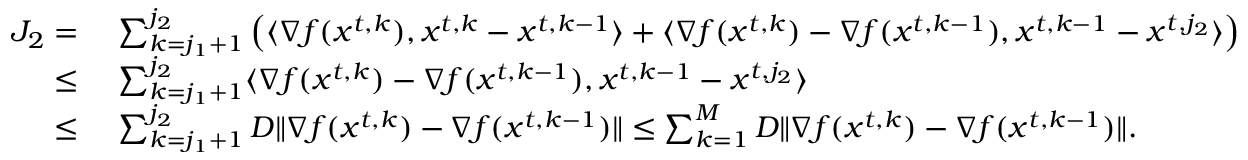
\begin{array} { r l } { J _ { 2 } = \ } & { \sum _ { k = j _ { 1 } + 1 } ^ { j _ { 2 } } \left( \langle \nabla f ( { x } ^ { t , k } ) , { x } ^ { t , k } - { x } ^ { t , k - 1 } \rangle + \langle \nabla f ( { x } ^ { t , k } ) - \nabla f ( { x } ^ { t , k - 1 } ) , { x } ^ { t , k - 1 } - { x } ^ { t , j _ { 2 } } \rangle \right) } \\ { \mathop { \le } \ } & { \sum _ { k = j _ { 1 } + 1 } ^ { j _ { 2 } } \langle \nabla f ( { x } ^ { t , k } ) - \nabla f ( { x } ^ { t , k - 1 } ) , { x } ^ { t , k - 1 } - { x } ^ { t , j _ { 2 } } \rangle } \\ { \le \ } & { \sum _ { k = j _ { 1 } + 1 } ^ { j _ { 2 } } D \| \nabla f ( { x } ^ { t , k } ) - \nabla f ( { x } ^ { t , k - 1 } ) \| \le \sum _ { k = 1 } ^ { M } D \| \nabla f ( { x } ^ { t , k } ) - \nabla f ( { x } ^ { t , k - 1 } ) \| . } \end{array}